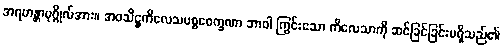
အရဟန္တာပုဂ္ဂိုလ်အား။ အဝသိဋ္ဌကိလေသပစ္စဝေက္ခဏာ ဘာဝါ ကြွင်းသော ကိလေသာကို ဆင်ခြင်ခြင်းမရှိသည်၏